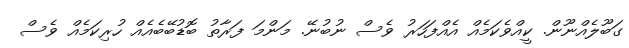
ގަބޫލެއްނޫން. ކީއްވެކަމެއް އެއްފަހަރު ވެސް ނުބުނޭ. މަންމަ ފަރާތު ބޮޑުބޭބެއެއް ހުރިކަމެއް ވެސް